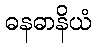
ဓနဓာနိယံ